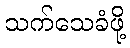
သက်သေခံဖို့